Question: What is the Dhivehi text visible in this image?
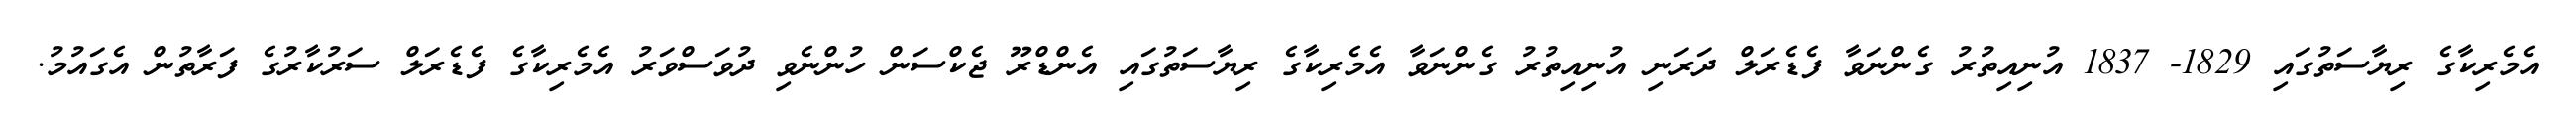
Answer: އެމެރިކާގެ ރިޔާސަތުގައި 1829- 1837 އުނިއިތުރު ގެންނަވާ ފެޑެރަލް ދަރަނި އުނިއިތުރު ގެންނަވާ އެމެރިކާގެ ރިޔާސަތުގައި އެންޑްރޫ ޖެކްސަން ހުންނެވި ދުވަސްވަރު އެމެރިކާގެ ފެޑެރަލް ސަރުކާރުގެ ފަރާތުން އެގައުމު.